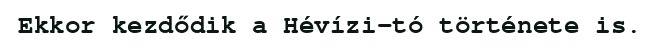
Ekkor kezdődik a Hévízi-tó története is.